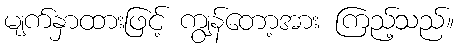
မျက်နှာထားဖြင့် ကျွန်တော့အား ကြည့်သည်။